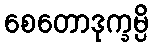
စေတောဒုက္ခမ္ပိ